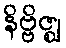
နိဗ္ဗိဇ္ဈ